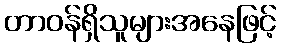
တာဝန်ရှိသူများအနေဖြင့်